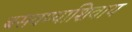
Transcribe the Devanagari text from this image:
बसवण्याशिवाय